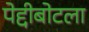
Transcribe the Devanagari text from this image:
पेद्दीबोटला